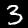
Digit: 3